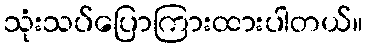
သုံးသပ်ပြောကြားထားပါတယ်။